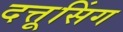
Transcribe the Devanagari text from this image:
दत्तूसिंग